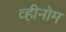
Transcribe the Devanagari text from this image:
व्हीनोम